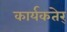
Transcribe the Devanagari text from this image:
कार्यकतेर्